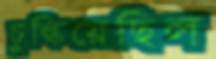
চুল্‌কিয়েছিল